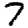
Digit: 7